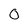
Character: 0